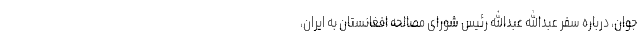
جوان، درباره سفر عبدالله عبدالله رئیس شورای مصالحه افغانستان به ایران،